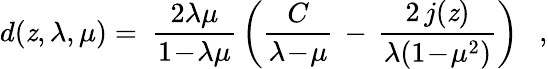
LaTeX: d(\mathit{z},\lambda,\mu)=~{\frac{{2\lambda\mu}}{{1\! -\! \lambda\mu}}}\left({\frac{{C}}{{\lambda\! -\! \mu}}}\, -\, {\frac{{2\, j(\mathit{z})}}{{\lambda(1\! -\! \mu^{2})}}}\right)~~~,